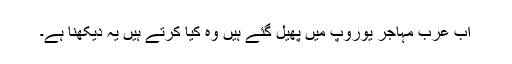
اب عرب مہاجر یوروپ میں پھیل گئے ہیں وہ کیا کرتے ہیں یہ دیکھنا ہے۔